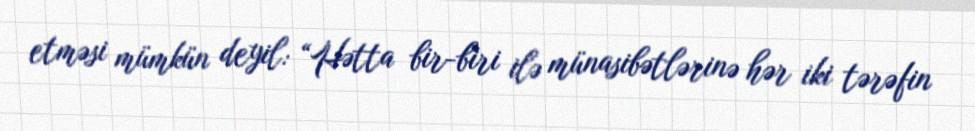
etməsi mümkün deyil: “Hətta bir-biri ilə münasibətlərinə hər iki tərəfin